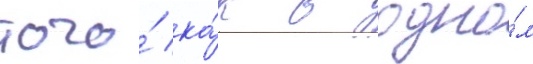
того́ ка́к в одно́м